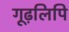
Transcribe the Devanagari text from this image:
गूढ़लिपि